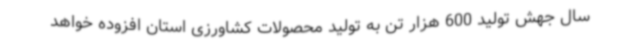
سال جهش تولید 600 هزار تن به تولید محصولات کشاورزی استان افزوده خواهد